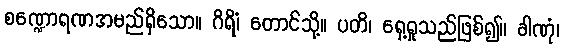
စဏ္ဍောရဏအမည်ရှိသော။ ဂိရိံ၊ တောင်သို့။ ပတိ၊ ရှေ့ရှုသည်ဖြစ်၍။ ခါဏုံ၊